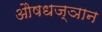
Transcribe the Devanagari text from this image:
औषधज्ञान